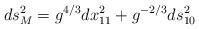
LaTeX: \begin{align*}ds_M^2 =g^{4/3}dx_{11}^2+g^{-2/3}ds_{10}^2\end{align*}